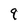
Character: 9